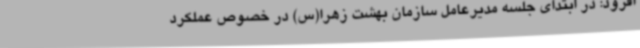
افزود: در ابتدای جلسه مدیرعامل سازمان بهشت زهرا(س) در خصوص عملکرد